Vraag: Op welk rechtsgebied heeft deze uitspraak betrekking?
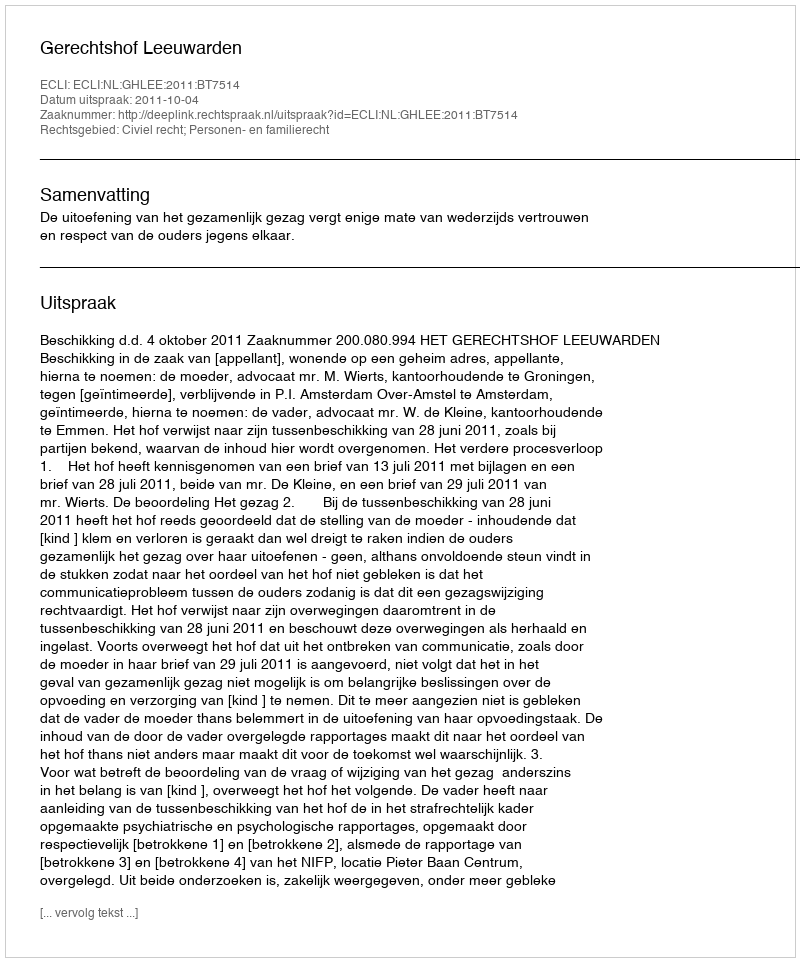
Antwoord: Civiel recht; Personen- en familierecht